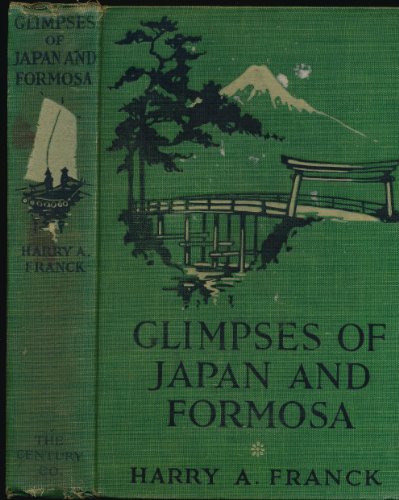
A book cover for Glimpses of Japan and Formosa; Harry A. Franck; Travel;